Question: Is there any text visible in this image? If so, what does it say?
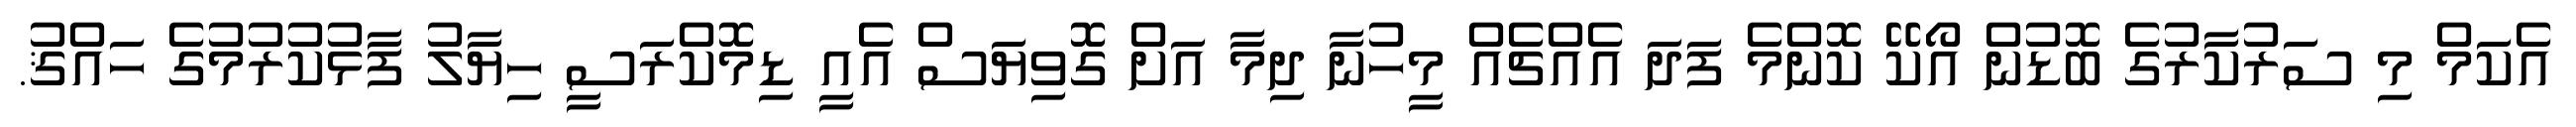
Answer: އެކަމް މި ސަރުކާރުގެ ބޮޑުން އޯކޭ ކޮންމެ ފަދަ އެއްޗެއް މީހުނާ ދިމާ އަށް ގޮވިޔަސް އެއީ ޑިމޮކްރަސީ ހިޔާލު ފާޅުކުރުމުގެ ހައްޤު.